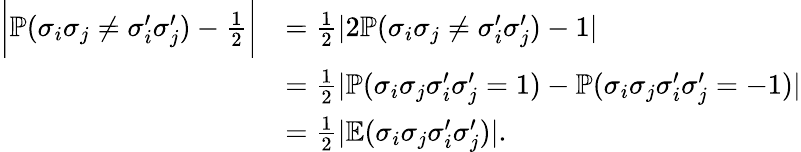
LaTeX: \begin{array}{rl}{\biggl|\mathbb{P}(\sigma_{i}\sigma_{j}\ne\sigma_{i}^{\prime}\sigma_{j}^{\prime})-\frac{1}{2}\biggr|}&{=\frac{1}{2}|2\mathbb{P}(\sigma_{i}\sigma_{j}\ne\sigma_{i}^{\prime}\sigma_{j}^{\prime})-1|}\\ &{=\frac{1}{2}|\mathbb{P}(\sigma_{i}\sigma_{j}\sigma_{i}^{\prime}\sigma_{j}^{\prime}=1)-\mathbb{P}(\sigma_{i}\sigma_{j}\sigma_{i}^{\prime}\sigma_{j}^{\prime}=-1)|}\\ &{=\frac{1}{2}|\mathbb{E}(\sigma_{i}\sigma_{j}\sigma_{i}^{\prime}\sigma_{j}^{\prime})|.}\end{array}